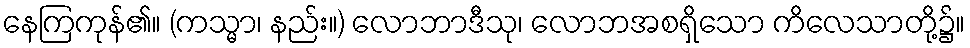
နေကြကုန်၏။ (ကသ္မာ၊ နည်း။) လောဘာဒီသု၊ လောဘအစရှိသော ကိလေသာတို့၌။